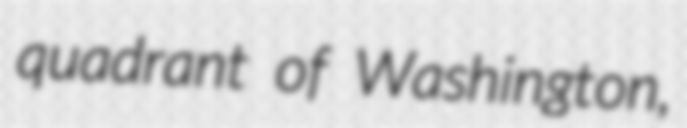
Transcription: quadrant of Washington,